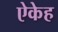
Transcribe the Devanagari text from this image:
ऐकेह